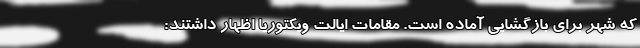
که شهر برای بازگشایی آماده است. مقامات ایالت ویکتوریا اظهار داشتند: